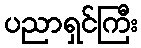
ပညာရှင်ကြီး